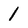
Character: 1